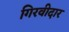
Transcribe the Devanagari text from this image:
गिरवीदार